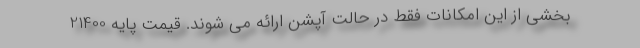
بخشی از این امکانات فقط در حالت آپشن ارائه می شوند. قیمت پایه 21400